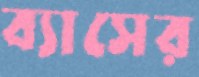
ব্যাসের